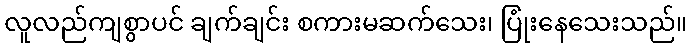
လူလည်ကျစွာပင် ချက်ချင်း စကားမဆက်သေး၊ ပြုံးနေသေးသည်။